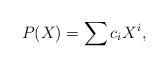
LaTeX: \begin{align*}P(X)=\sum c_i X^i,\end{align*}